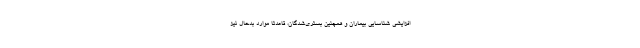
افزایشی شناسایی بیماران و همچنین بستری‌شدگان، قاعدتا موارد بدحال نیز